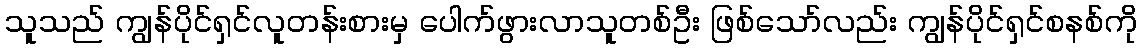
သူသည် ကျွန်ပိုင်ရှင်လူတန်းစားမှ ပေါက်ဖွားလာသူတစ်ဦး ဖြစ်သော်လည်း ကျွန်ပိုင်ရှင်စနစ်ကို